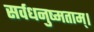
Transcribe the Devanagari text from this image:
सर्वधनुष्मताम्‌।